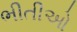
ભીતીઓ